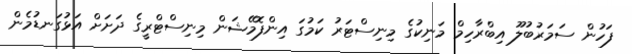
ފަހުން ސަމަރުބުލޫ އިބްރާހިމް މަނިކުގެ މިނިސްޓަރު ކަމުގަ އިންފޮމޭޝަން މިނިސްޓްރީގެ ދަށަށް އަޅުގަނޑުމެން